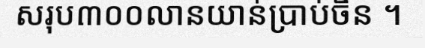
សរុប៣០០លានយាន់ប្រាប់ចិន ។